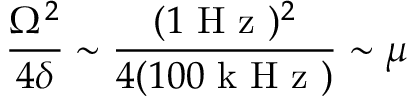
\frac { \Omega ^ { 2 } } { 4 \delta } \sim \frac { ( 1 \mathrm { ~ H ~ z ~ } ) ^ { 2 } } { 4 ( 1 0 0 \mathrm { ~ k ~ H ~ z ~ } ) } \sim \mu